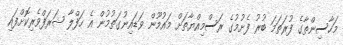
މަހާސިންތާގެ ފުރަތަމަ ބުރު ފެށުމުގެ ރަސްމިއްޔާތަށް މައުމޫން ވަޑައިނުގަތުމުން އެ ހަފްލާ ޝަރަފްވެރިކޮށްފައި